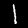
Label: 1